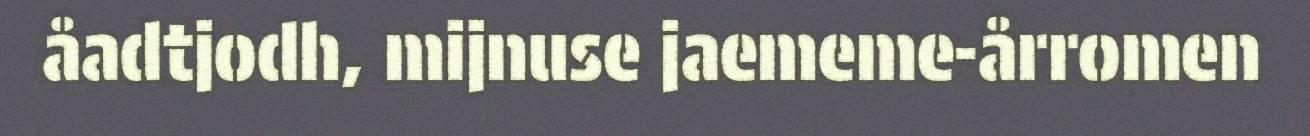
åadtjodh, mijnuse jaememe-årromen